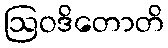
ဩဝဒိတောတိ